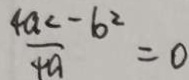
\frac { 4 a < - b ^ { 2 } } { 4 a } = 0